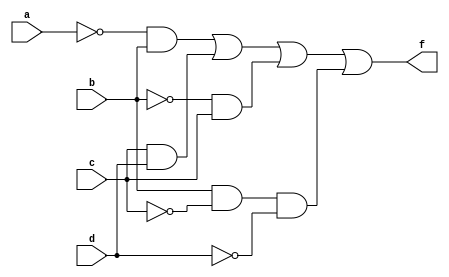
module lab21a(a,b,c,d,f);
input a,b,c,d;
output f;
assign f = ( (~a)&b | (c&d) | (~b)&c | (b&(~c)&(~d)) );
endmodule